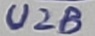
Text: U2B